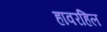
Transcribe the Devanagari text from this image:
हावरहिल